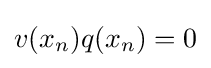
v(x_{n})q(x_{n})=0